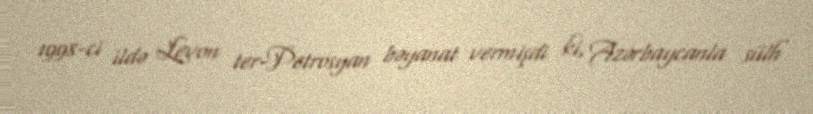
1998-ci ildə Levon ter-Petrosyan bəyanat vermişdi ki, Azərbaycanla sülh